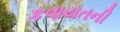
કવાયતની